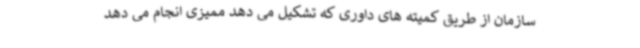
سازمان از طریق کمیته های داوری که تشکیل می دهد ممیزی انجام می دهد